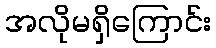
အလိုမရှိကြောင်း